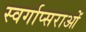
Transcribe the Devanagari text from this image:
स्वर्गाप्सराओं